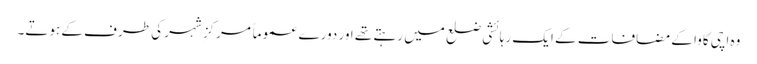
وہ اچی کاوا کے مضافات کے ایک رہائشی ضلع میں رہتے تھے اور دورے عموماً مرکزِ شہر کی طرف کے ہوتے۔